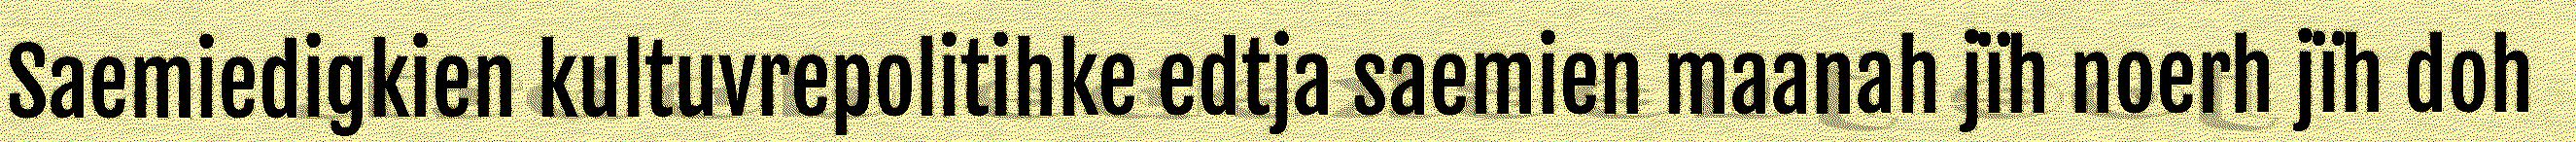
Saemiedigkien kultuvrepolitihke edtja saemien maanah jïh noerh jïh doh